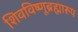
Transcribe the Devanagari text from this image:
शिवविष्णूब्रह्मारूप